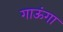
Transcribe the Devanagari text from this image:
गाऊंगा